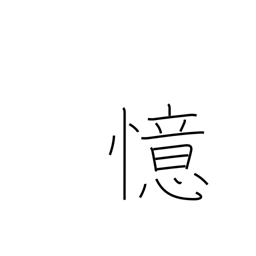
Meaning: think